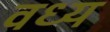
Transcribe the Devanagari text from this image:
वध्य